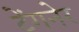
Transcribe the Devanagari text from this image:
टेंगनेर